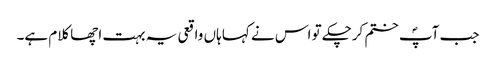
جب آپؐ ختم کرچکے تو اس نے کہا ہاں واقعی یہ بہت اچھا کلام ہے۔